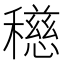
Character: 𥣓